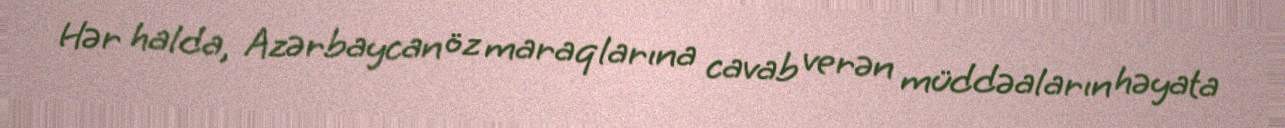
Hər halda, Azərbaycan öz maraqlarına cavab verən müddəaların həyata